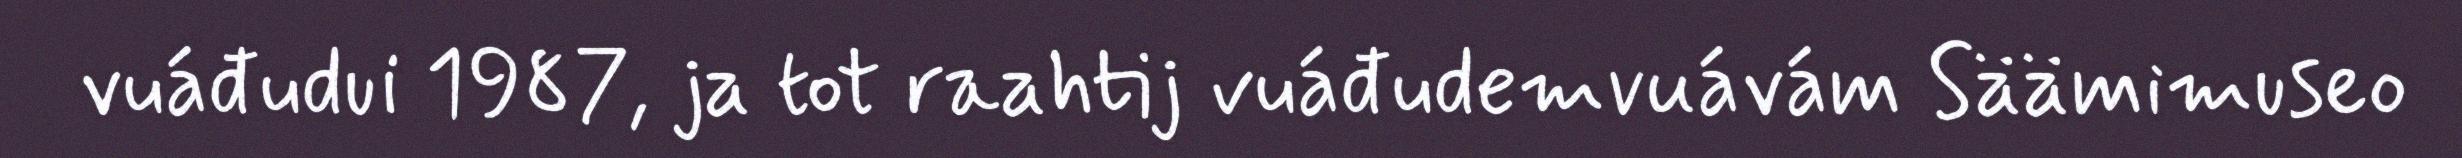
vuáđudui 1987, ja tot raahtij vuáđudemvuávám Säämimuseo